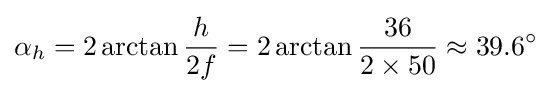
\alpha _{h}=2\arctan {\frac {h}{2f}}=2\arctan {\frac {36}{2\times 50}}\approx 39.6^{\circ }